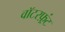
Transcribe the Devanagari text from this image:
वाॅटरफ़्रंट